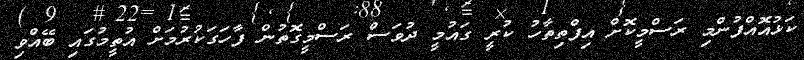
ކަޅުއޮއްފުންމި ރަސްމީކޮށް އިފްތިތާހު ކުރީ ގައުމީ ދުވަސް ރަސްމީގޮތުން ފާހަގަކުރުމަށް އުތީމުގައި ބޭއްވި